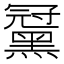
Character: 𪑪